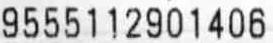
9555112901406